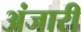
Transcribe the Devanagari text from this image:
अंजारी